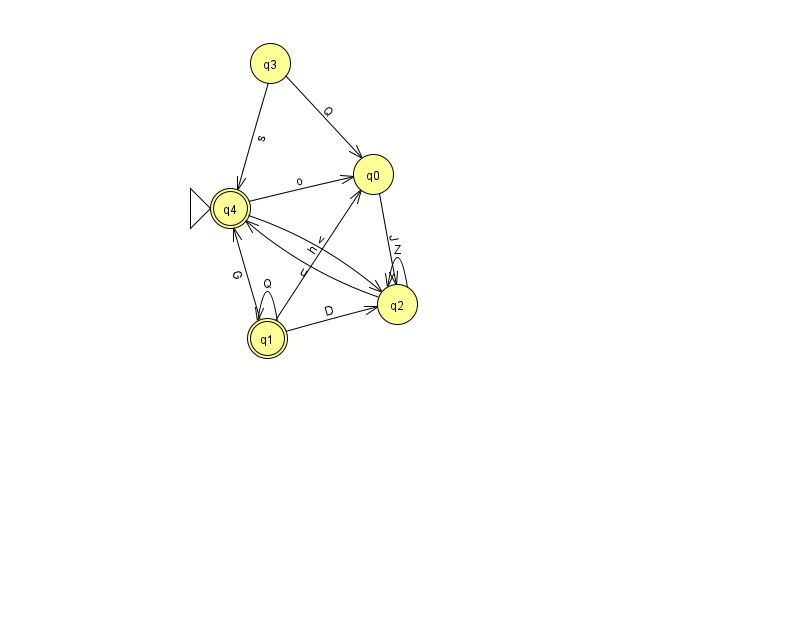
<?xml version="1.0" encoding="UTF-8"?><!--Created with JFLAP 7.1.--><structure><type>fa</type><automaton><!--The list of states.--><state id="0" name="q0"><x>373.0</x><y>161.0</y></state><state id="1" name="q1"><x>267.0</x><y>325.0</y><final/></state><state id="2" name="q2"><x>397.0</x><y>291.0</y></state><state id="3" name="q3"><x>270.0</x><y>50.0</y></state><state id="4" name="q4"><x>230.0</x><y>195.0</y><initial/><final/></state><!--The list of transitions.--><transition><from>1</from><to>1</to><read>Q</read></transition><transition><from>4</from><to>2</to><read>v</read></transition><transition><from>2</from><to>4</to><read>u</read></transition><transition><from>3</from><to>4</to><read>s</read></transition><transition><from>3</from><to>0</to><read>Q</read></transition><transition><from>1</from><to>0</to><read>h</read></transition><transition><from>1</from><to>2</to><read>D</read></transition><transition><from>0</from><to>2</to><read>J</read></transition><transition><from>2</from><to>2</to><read>Z</read></transition><transition><from>4</from><to>0</to><read>o</read></transition><transition><from>1</from><to>4</to><read>G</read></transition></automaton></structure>